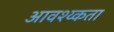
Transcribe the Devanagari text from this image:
आवश्य्कता